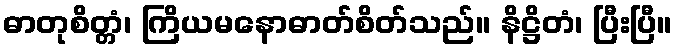
ဓာတုစိတ္တံ၊ ကြိယမနောဓာတ်စိတ်သည်။ နိဋ္ဌိတံ၊ ပြီးပြီ။